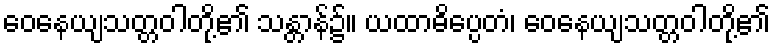
ဝေနေယျသတ္တဝါတို့၏ သန္တာန်၌။ ယထာဓိပ္ပေတံ၊ ဝေနေယျသတ္တဝါတို့၏